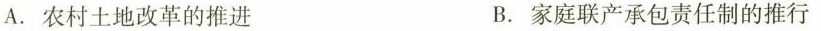
A. 农村土地改革的推进 B. 家庭联产承包责任制的推行